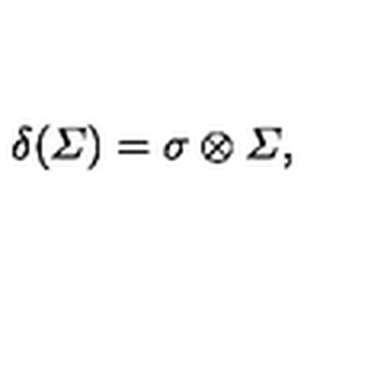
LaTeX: \delta ( { \mit \Sigma } ) = \sigma \otimes { \mit \Sigma } ,